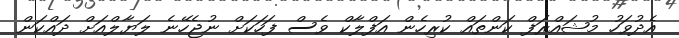
އެދުވަހު މުޝައްރަފް ކަންތައް ކުރިހެން އަފްލާކް ވެސް ފަހަކަށް ނުޖެހޭނެ ލަޔާލްއަށް ދައްކަން